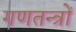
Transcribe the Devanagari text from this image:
गणतन्त्रों